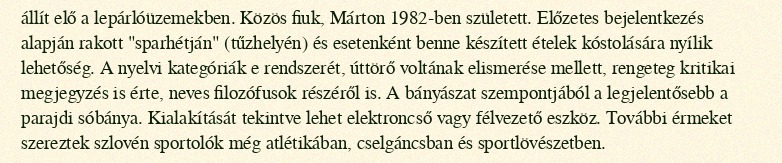
állít elő a lepárlóüzemekben. Közös fiuk, Márton 1982-ben született. Előzetes bejelentkezés alapján rakott "sparhétján" (tűzhelyén) és esetenként benne készített ételek kóstolására nyílik lehetőség. A nyelvi kategóriák e rendszerét, úttörő voltának elismerése mellett, rengeteg kritikai megjegyzés is érte, neves filozófusok részéről is. A bányászat szempontjából a legjelentősebb a parajdi sóbánya. Kialakítását tekintve lehet elektroncső vagy félvezető eszköz. További érmeket szereztek szlovén sportolók még atlétikában, cselgáncsban és sportlövészetben.